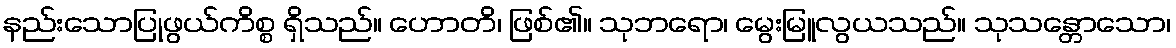
နည်းသောပြုဖွယ်ကိစ္စ ရှိသည်။ ဟောတိ၊ ဖြစ်၏။ သုဘရော၊ မွေးမြူလွယသည်။ သုသန္တောသော၊